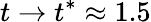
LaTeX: t\to t^{*}\approx 1.5